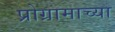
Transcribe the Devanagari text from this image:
प्रोग्रामाच्या